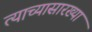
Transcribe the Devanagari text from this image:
त्याच्यासारख्या